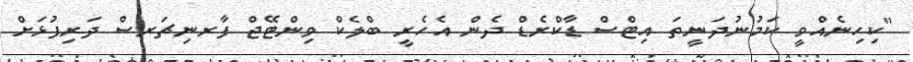
"ކިހިނެއްވީ ކަމުނުދަނީތަ އިޓްސް ޑާކްރެޑް ދެން އެހެރީ ބްލެކް ވިންޓޭޖް ފާރނިޗަރސް ދަރިފުޅަށް